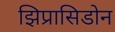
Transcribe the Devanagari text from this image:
झिप्रासिडोन